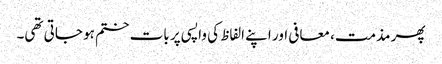
پھر مذمت، معافی اور اپنے الفاظ کی واپسی پر بات ختم ہو جاتی تھی۔